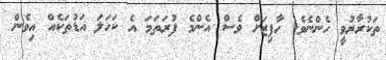
ތަކުރާރުވީ ހެންނެވެ. ހާފިޒަށް ވެސް އެންމެ ފުރަތަމަ އެ ކަހަލަ އަޑުތަކެއް އިވެން